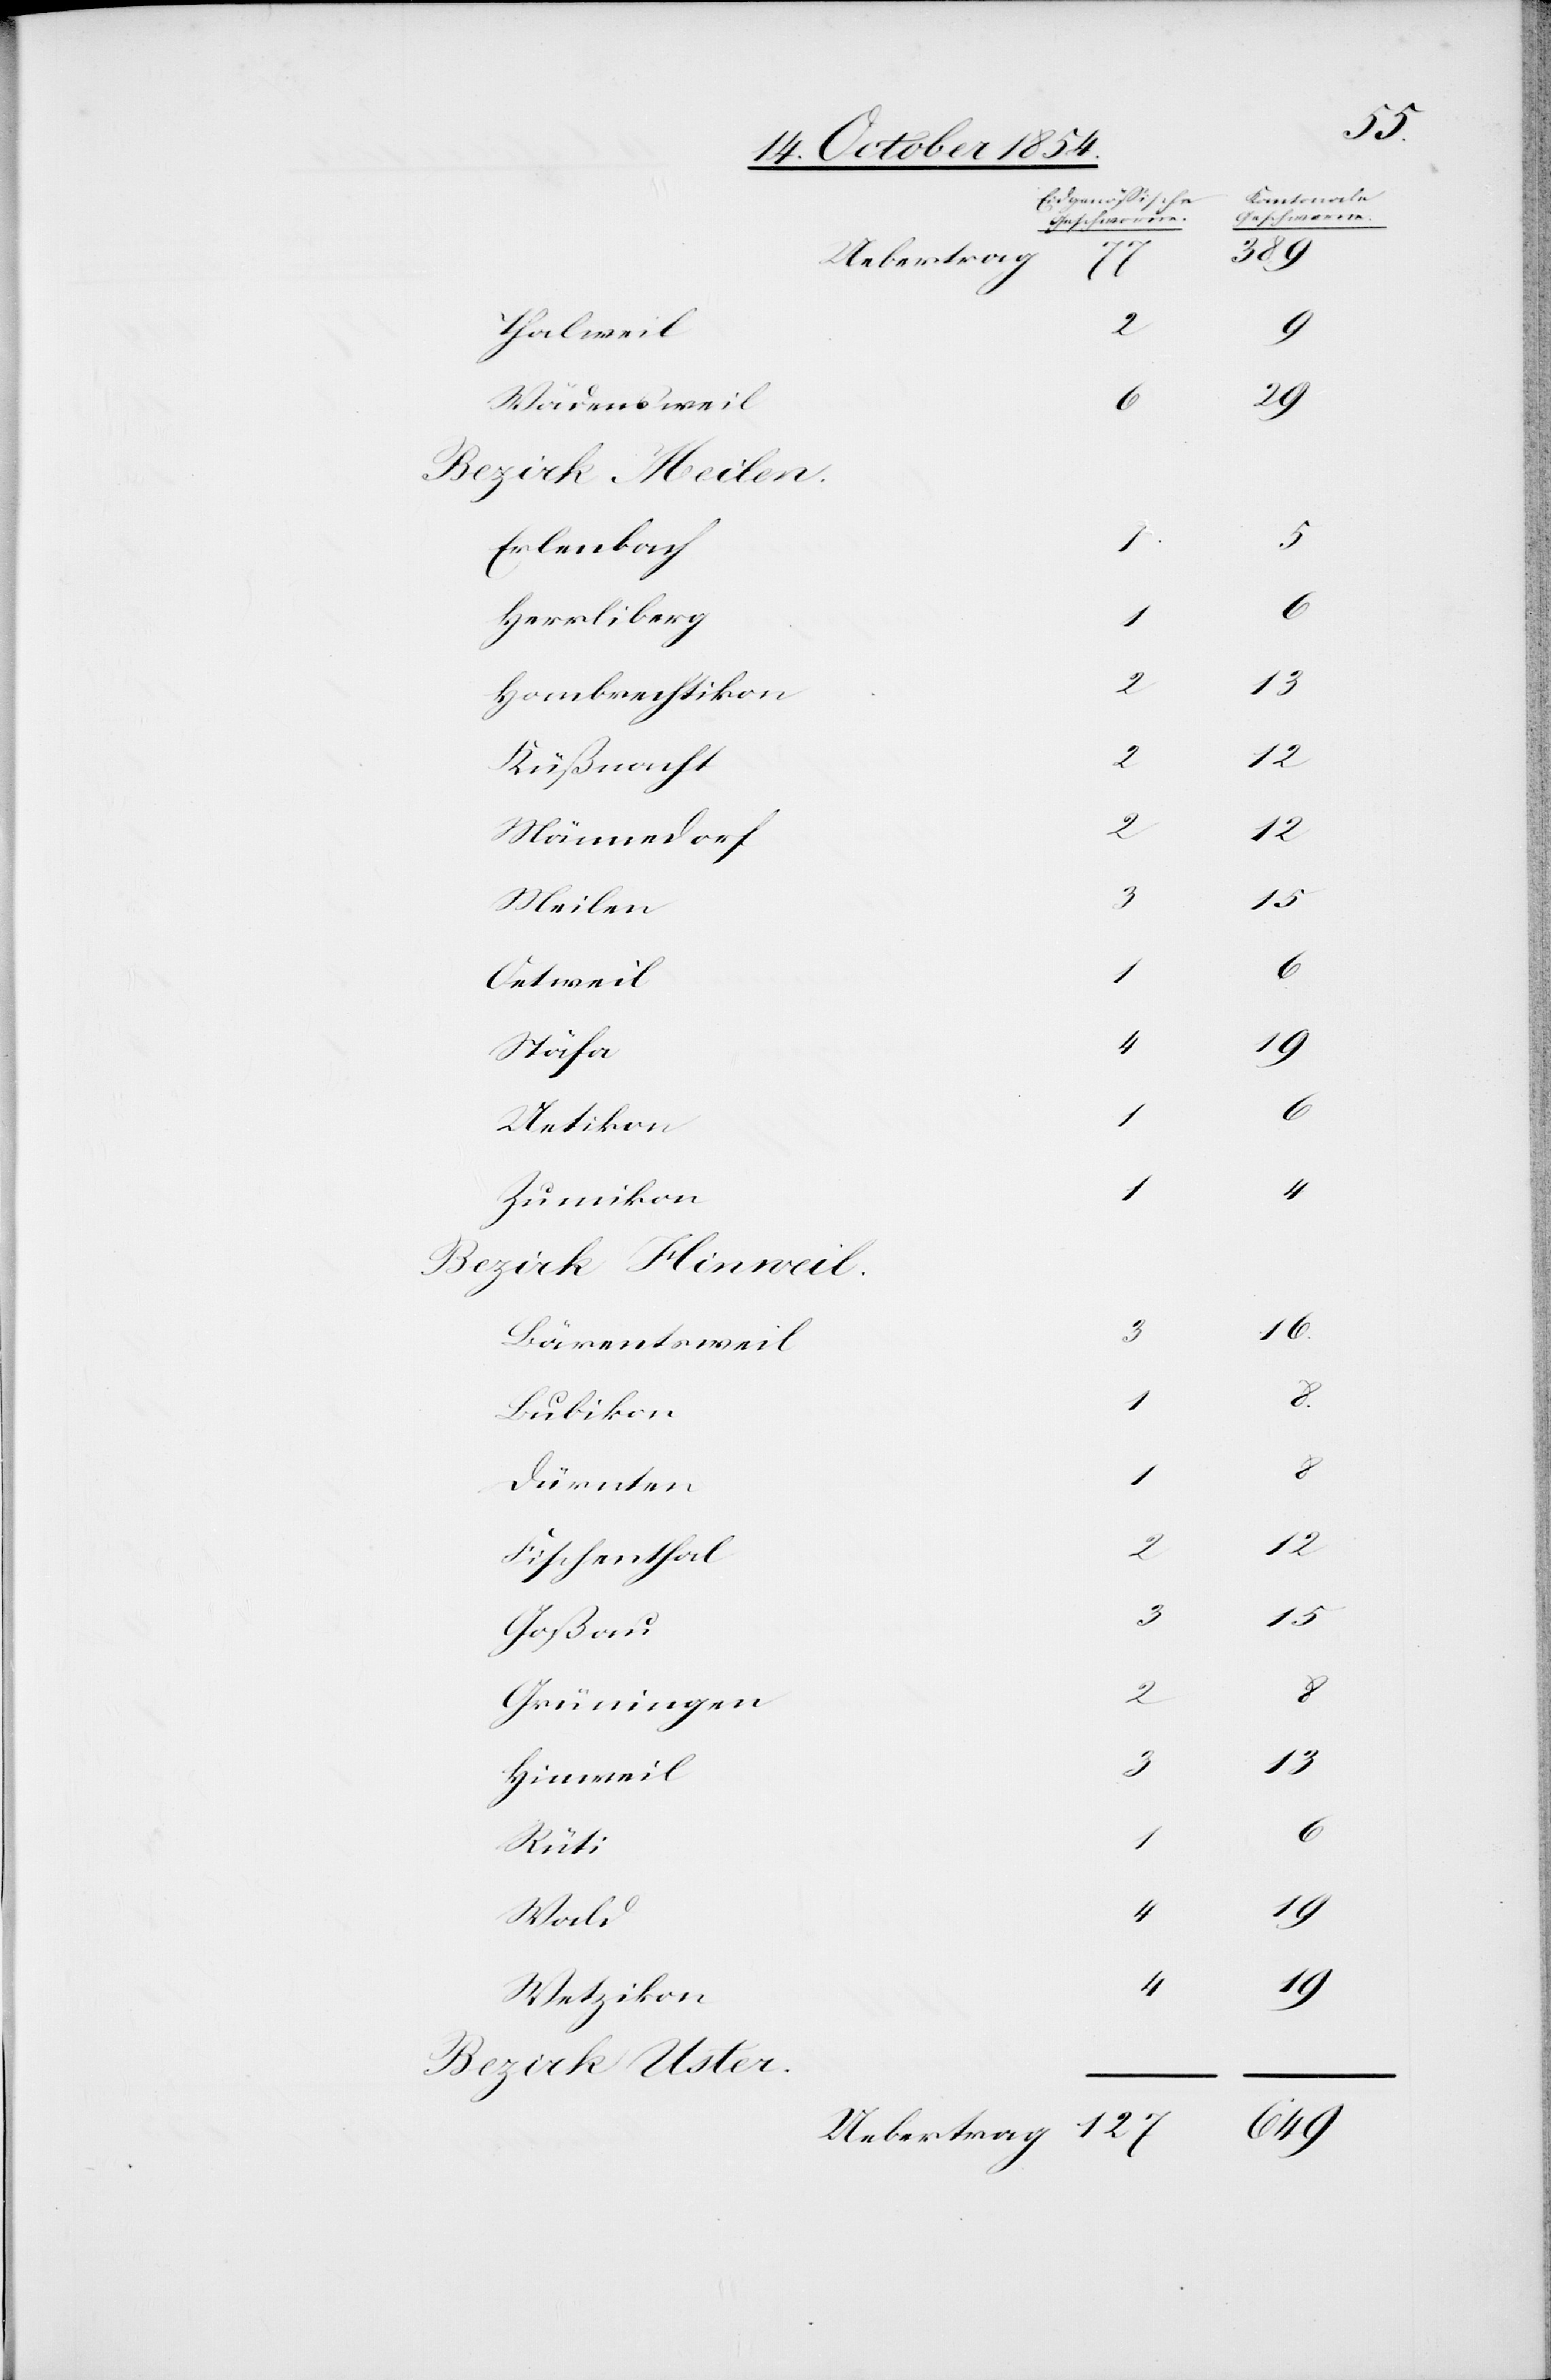
[Eidgenößische
Geschworne.]
Uebertrag
77
Thalweil
Wädensweil
Erlenbach
Herrliberg
1
Hombrechtikon
2
Küßnacht
Männedorf
2
Meilen
Oetweil
Stäfa
Uetikon
1
Rumikon
Bärentsweil
Bubikon
1
Dürnten
Fischenthal
Goßau
Grüningen
2
Hinweil
Rüti
Wald
Wetzikon
Bezirk Uster

[Kantonale
389
4
19
5
1
8
3
19
16
3
13
12
1
4